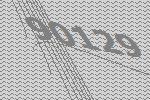
90129